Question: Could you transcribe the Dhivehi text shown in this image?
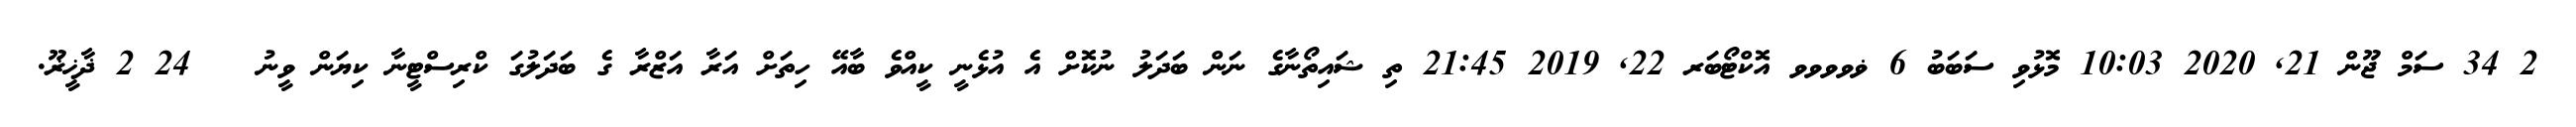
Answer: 2 34 ސަމް ޖޫން 21, 2020 10:03 މޮޅުވި ސަބަބު 6 ޥވވވވ އޮކްޓޯބަރ 22, 2019 21:45 ތި ޝައިތޯނާގެ ނަން ބަދަލު ނުކޮށް އެ އުޅެނީ ކީއްވެ ބާއޭ ހިތަށް އަރާ އަޒްރާ ގެ ބަދަލުގަ ކްރިސްޓީނާ ކިޔަން ވީނު ?? 24 2 ޛާޚީޜޫ.